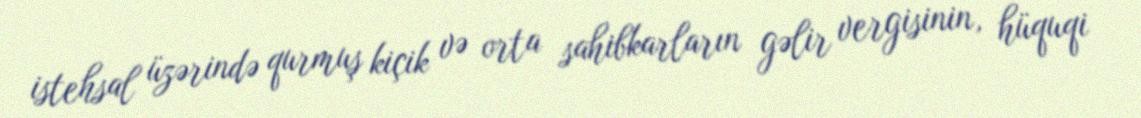
istehsal üzərində qurmuş kiçik və orta sahibkarların gəlir vergisinin, hüquqi